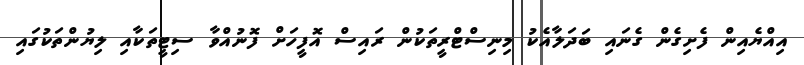
އިއްޔެއިން ފެށިގެން ގެނައި ބަދަލާއެކު މިނިސްޓްރީތަކުން ރައިސް އޮފީހަށް ފޮނުއްވާ ސިޓީތަކާއި ލިޔުންތަކުގައި